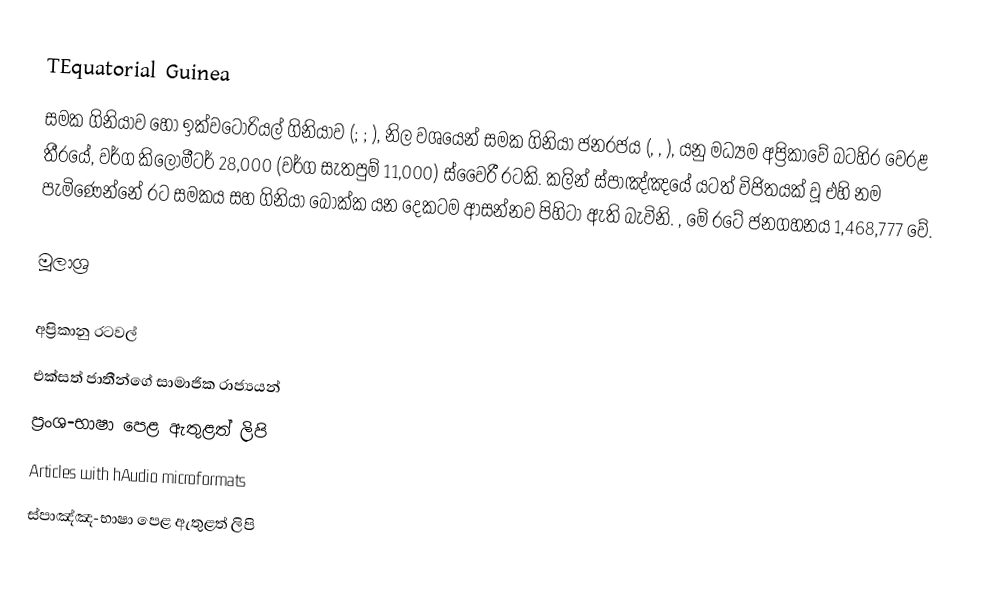
TEquatorial Guinea
සමක ගිනියාව හෝ ඉක්වටෝරියල් ගිනියාව (;  ; ), නිල වශයෙන් සමක ගිනියා ජනරජය (, , ),  යනු මධ්‍යම අප්‍රිකාවේ බටහිර වෙරළ තීරයේ, වර්ග කිලෝමීටර් 28,000 (වර්ග සැතපුම් 11,000) ස්වෛරී රටකි. කලින් ස්පාඤ්ඤයේ යටත් විජිතයක් වූ එහි නම පැමිණෙන්නේ රට සමකය සහ ගිනියා බොක්ක යන දෙකටම ආසන්නව පිහිටා ඇති බැවිනි. , මේ රටේ ජනගහනය 1,468,777 වේ.

මූලාශ්‍ර

අප්‍රිකානු රටවල්
එක්සත් ජාතීන්ගේ සාමාජික රාජ්‍යයන්
ප්‍රංශ-භාෂා පෙළ ඇතුළත් ලිපි
Articles with hAudio microformats
ස්පාඤ්ඤ-භාෂා පෙළ ඇතුළත් ලිපි